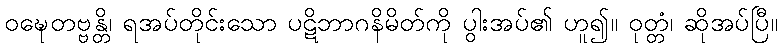
ဝဍ္ဎေတဗ္ဗန္တိ၊ ရအပ်တိုင်းသော ပဋိဘာဂနိမိတ်ကို ပွါးအပ်၏ ဟူ၍။ ဝုတ္တံ၊ ဆိုအပ်ပြီ။